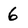
Character: 6